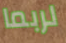
لربما